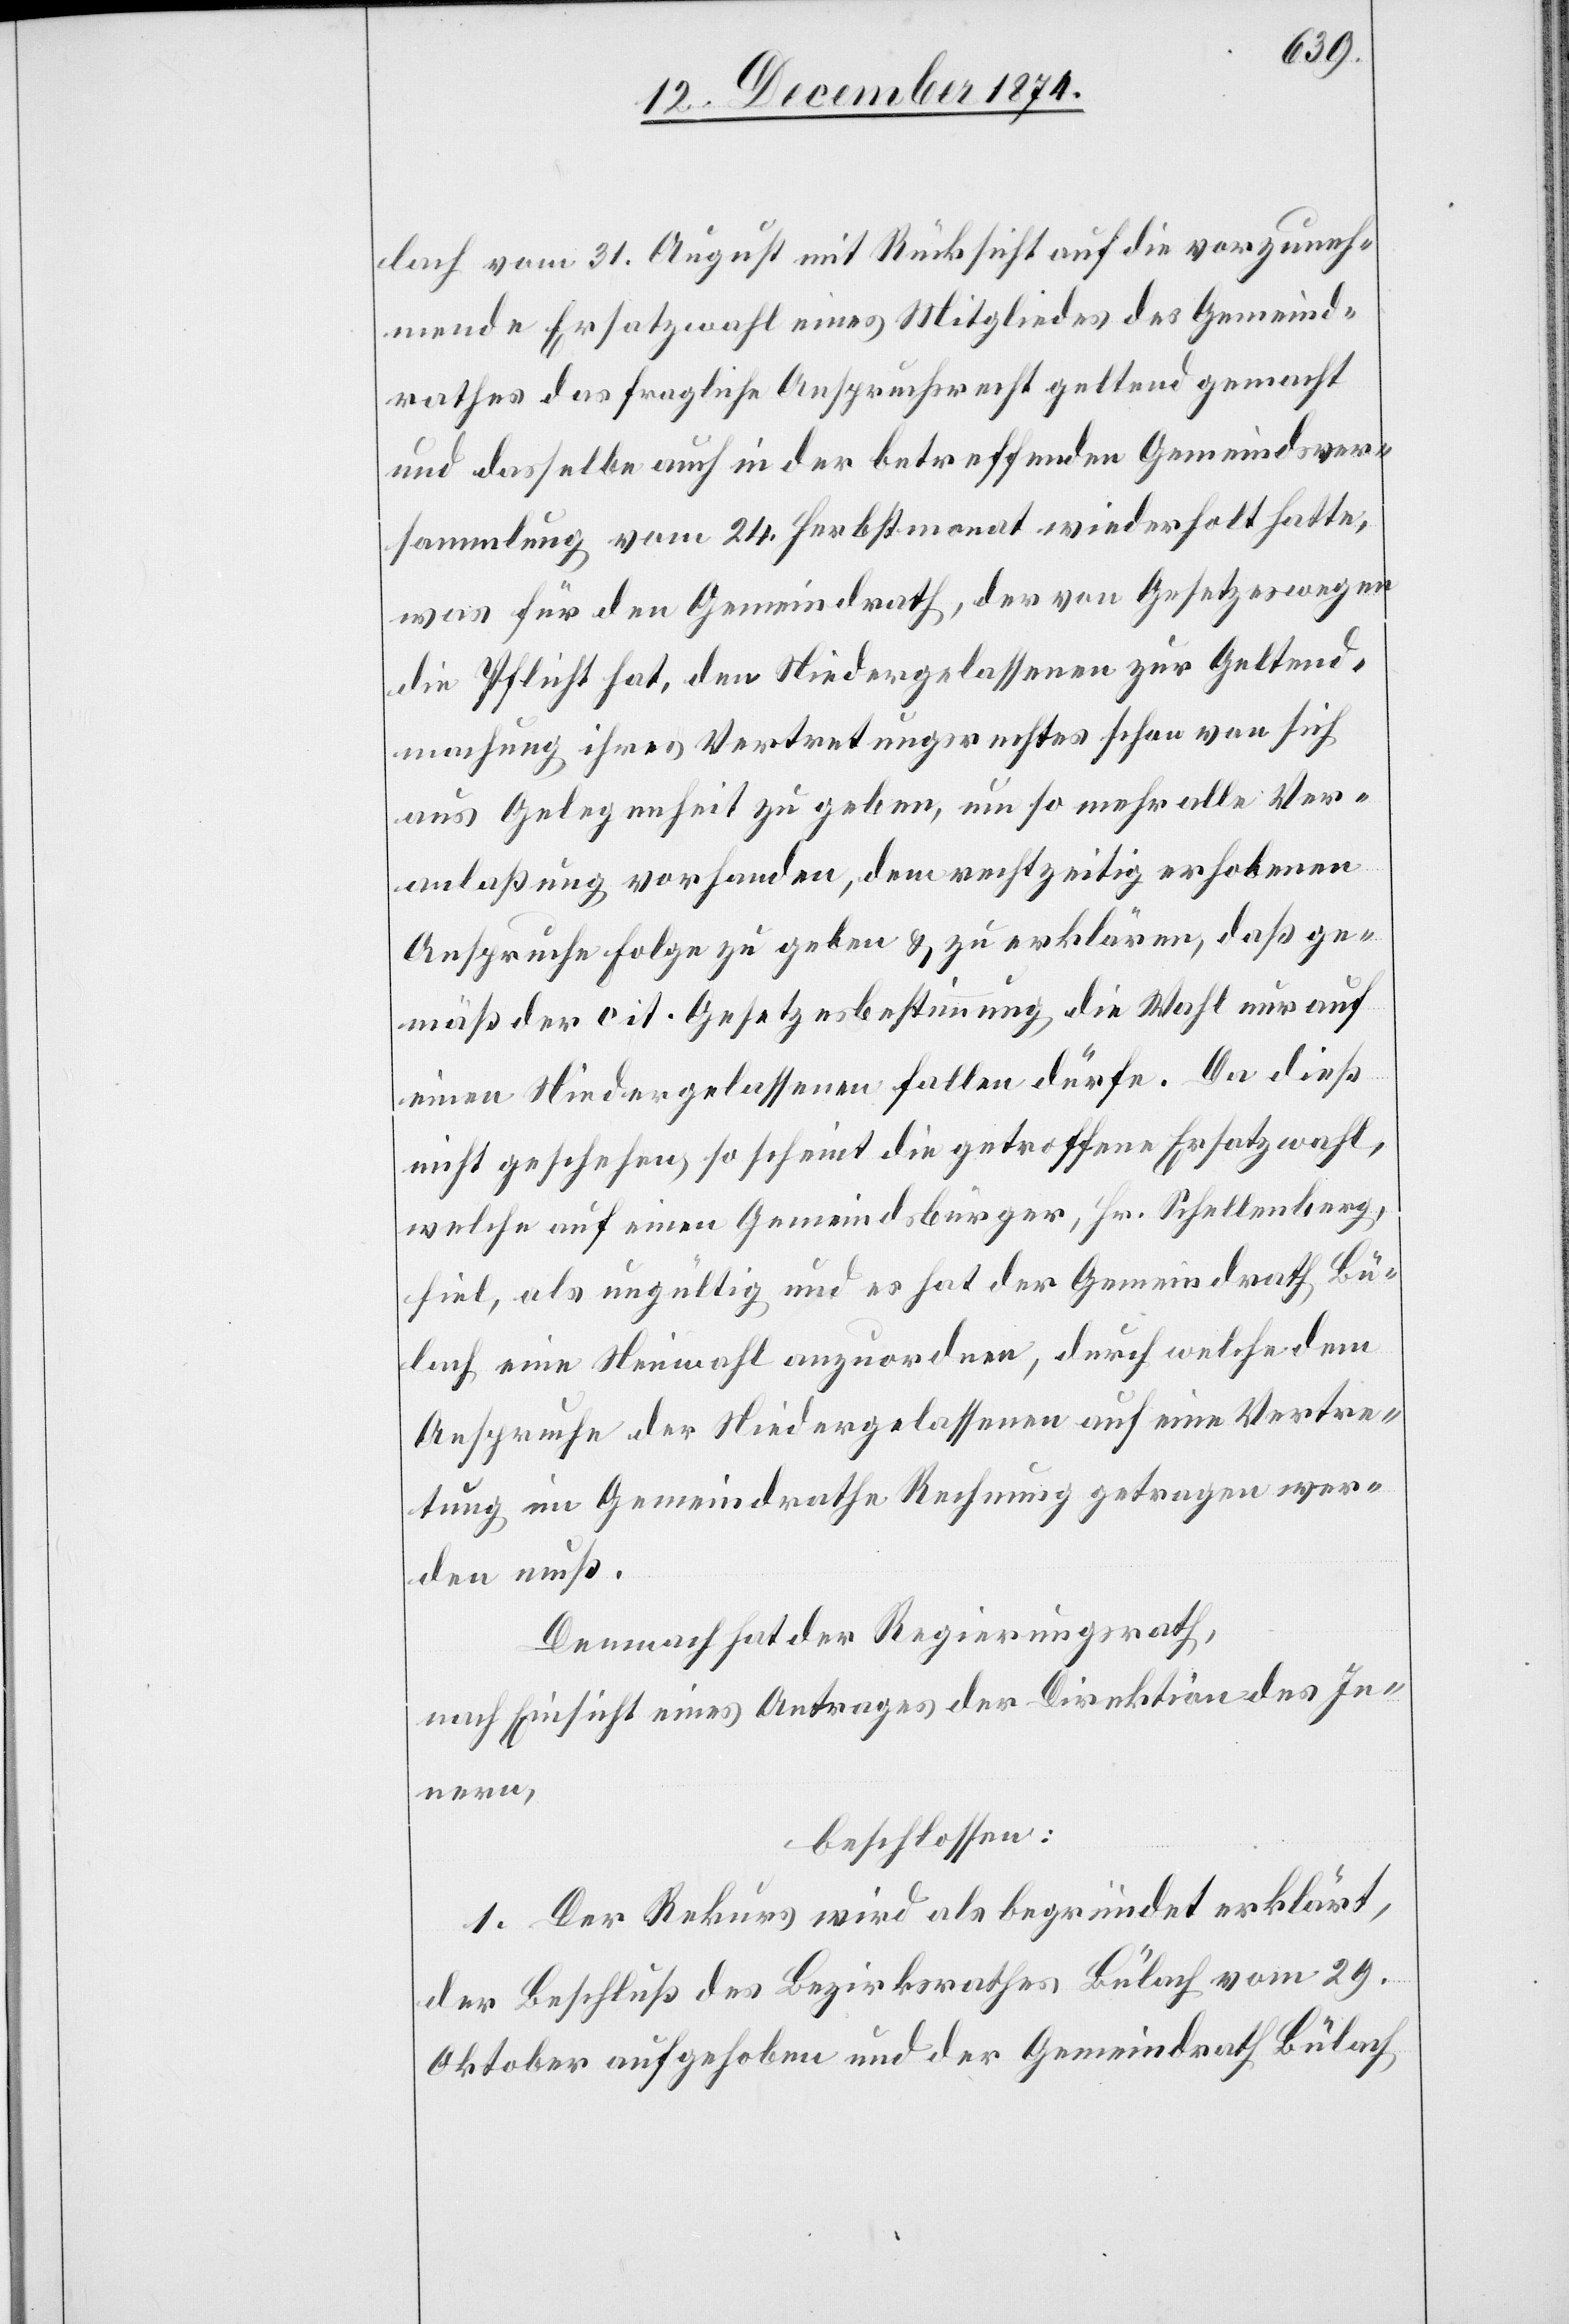
lach vom 31. August mit Rücksicht auf die vorzuneh¬
mende Ersatzwahl eines Mitgliedes des Gemeind¬
rathes das fragliche Anspruchsrecht geltend gemacht
und dasselbe auch in der betreffenden Gemeindsver¬
sammlung vom 24. Herbstmonat wiederholt hatte,
was für den Gemeindrath, der von Gesetzeswegen
die Pflicht hat, den Niedergelassenen zur Geltend¬
machung ihres Vertretungsrechtes schon von sich
aus Gelegenheit zu geben, um so mehr alle Ver¬
anlaßung vorhanden, dem rechtzeitig erhobenen
Anspruche Folge zu geben & zu erklären, daß ge¬
mäß der cit. Gesetzesbestimmung die Wahl nur auf
einen Niedergelassenen fallen dürfe. Da dieß
nicht geschehen, so scheint die getroffene Ersatzwahl,
welche auf einen Gemeindsbürger, Hr. Schellenberg,
fiel, als ungültig und es hat der Gemeindrath Bü¬
lach eine Neuwahl anzuordnen, durch welche dem
Anspruche der Niedergelassenen auf eine Vertre¬
tung im Gemeindrathe Rechnung getragen wer¬
den muß.
Demnach hat der Regierungsrath,
nach Einsicht eines Antrages der Direktion des In¬
nern,
beschlossen:
1. Der Rekurs wird als begründet erklärt,
der Beschluß des Bezirksrathes Bülach vom 29.
Oktober aufgehoben und der Gemeindrath Bülach